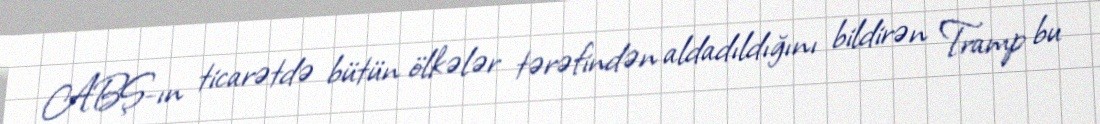
ABŞ-ın ticarətdə bütün ölkələr tərəfindən aldadıldığını bildirən Tramp bu